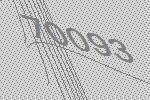
70093